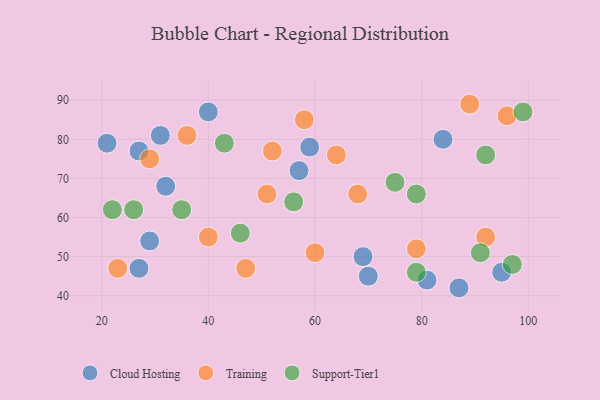
{"axis": {"x": "GDP", "y": "Life Expectancy"}, "legend": ["Cloud Hosting", "Support-Tier1", "Training"], "data": [{"x": "21", "y": 79, "type": "Cloud Hosting"}, {"x": "57", "y": 72, "type": "Cloud Hosting"}, {"x": "87", "y": 42, "type": "Cloud Hosting"}, {"x": "81", "y": 44, "type": "Cloud Hosting"}, {"x": "40", "y": 87, "type": "Cloud Hosting"}, {"x": "84", "y": 80, "type": "Cloud Hosting"}, {"x": "32", "y": 68, "type": "Cloud Hosting"}, {"x": "70", "y": 45, "type": "Cloud Hosting"}, {"x": "27", "y": 77, "type": "Cloud Hosting"}, {"x": "95", "y": 46, "type": "Cloud Hosting"}, {"x": "31", "y": 81, "type": "Cloud Hosting"}, {"x": "27", "y": 47, "type": "Cloud Hosting"}, {"x": "69", "y": 50, "type": "Cloud Hosting"}, {"x": "59", "y": 78, "type": "Cloud Hosting"}, {"x": "29", "y": 54, "type": "Cloud Hosting"}, {"x": "52", "y": 77, "type": "Training"}, {"x": "29", "y": 75, "type": "Training"}, {"x": "36", "y": 81, "type": "Training"}, {"x": "64", "y": 76, "type": "Training"}, {"x": "23", "y": 47, "type": "Training"}, {"x": "47", "y": 47, "type": "Training"}, {"x": "89", "y": 89, "type": "Training"}, {"x": "60", "y": 51, "type": "Training"}, {"x": "92", "y": 55, "type": "Training"}, {"x": "96", "y": 86, "type": "Training"}, {"x": "51", "y": 66, "type": "Training"}, {"x": "58", "y": 85, "type": "Training"}, {"x": "68", "y": 66, "type": "Training"}, {"x": "40", "y": 55, "type": "Training"}, {"x": "79", "y": 52, "type": "Training"}, {"x": "79", "y": 66, "type": "Support-Tier1"}, {"x": "92", "y": 76, "type": "Support-Tier1"}, {"x": "22", "y": 62, "type": "Support-Tier1"}, {"x": "91", "y": 51, "type": "Support-Tier1"}, {"x": "99", "y": 87, "type": "Support-Tier1"}, {"x": "56", "y": 64, "type": "Support-Tier1"}, {"x": "26", "y": 62, "type": "Support-Tier1"}, {"x": "35", "y": 62, "type": "Support-Tier1"}, {"x": "79", "y": 46, "type": "Support-Tier1"}, {"x": "97", "y": 48, "type": "Support-Tier1"}, {"x": "46", "y": 56, "type": "Support-Tier1"}, {"x": "75", "y": 69, "type": "Support-Tier1"}, {"x": "43", "y": 79, "type": "Support-Tier1"}]}